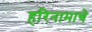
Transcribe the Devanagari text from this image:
हरिनामाचे